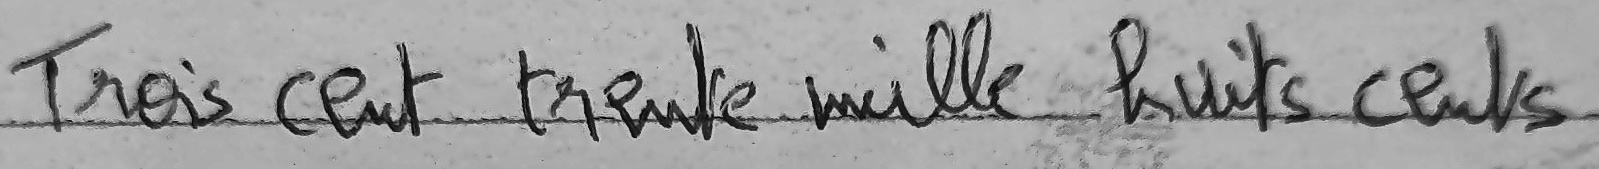
Trois cent trente mille huits cents